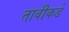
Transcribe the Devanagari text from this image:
तावीकडे